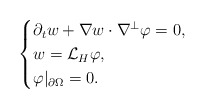
\begin{align*}\begin{cases}\partial_t w+\nabla w\cdot \nabla^\perp\varphi=0,\\w=\mathcal{L}_H\varphi,\\\varphi|_{\partial \Omega}=0.\end{cases}\end{align*}